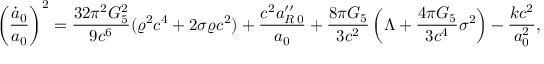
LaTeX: \left( { \frac { \dot { a } _ { 0 } } { a _ { 0 } } } \right) ^ { 2 } = { \frac { 3 2 \pi ^ { 2 } G _ { 5 } ^ { 2 } } { 9 c ^ { 6 } } } ( \varrho ^ { 2 } c ^ { 4 } + 2 \sigma \varrho c ^ { 2 } ) + { \frac { c ^ { 2 } a _ { R \, 0 } ^ { \prime \prime } } { a _ { 0 } } } + { \frac { 8 \pi G _ { 5 } } { 3 c ^ { 2 } } } \left( \Lambda + { \frac { 4 \pi G _ { 5 } } { 3 c ^ { 4 } } } \sigma ^ { 2 } \right) - { \frac { k c ^ { 2 } } { a _ { 0 } ^ { 2 } } } ,